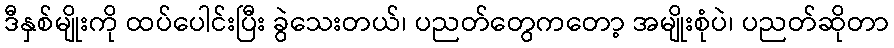
ဒီနှစ်မျိုးကို ထပ်ပေါင်းပြီး ခွဲသေးတယ်၊ ပညတ်တွေကတော့ အမျိုးစုံပဲ၊ ပညတ်ဆိုတာ